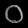
Digit: ၀